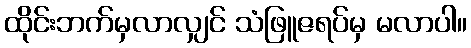
ထိုင်းဘက်မှလာလျှင် သံဖြူဇရပ်မှ မလာပါ။